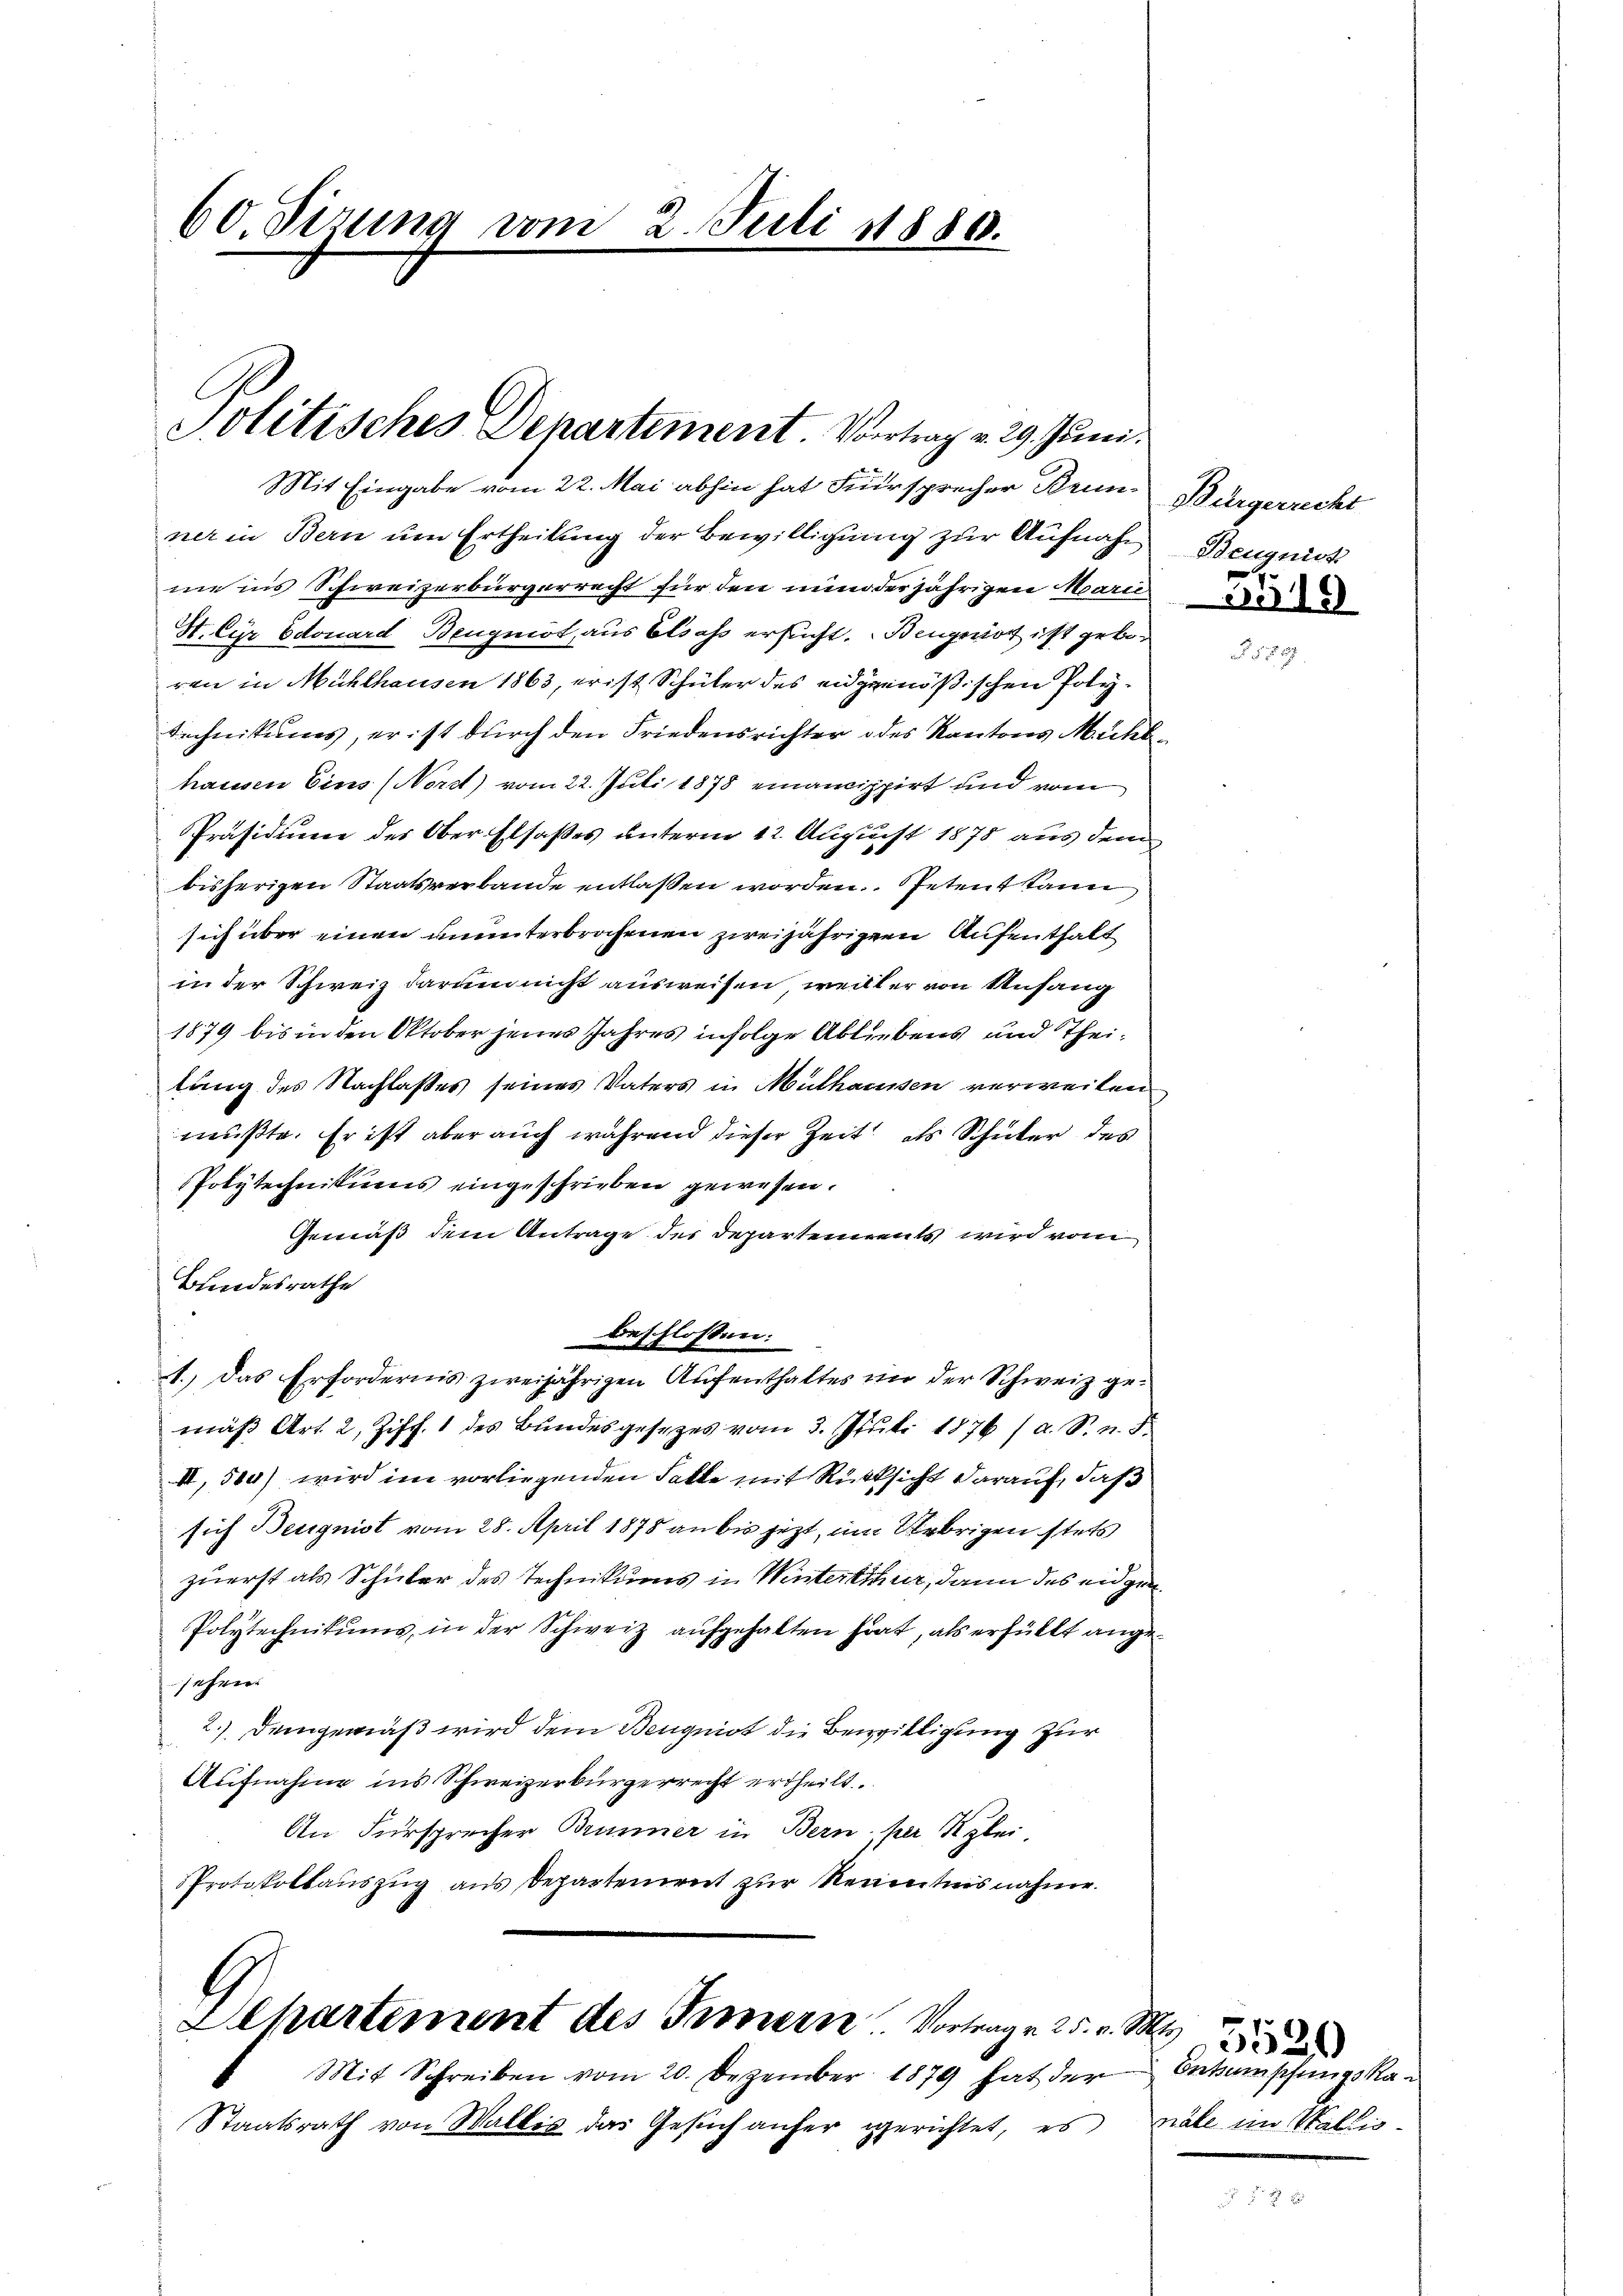
60 Sizung vom 2. Juli 18880.

Politisches Departement. Vortrag v. 29. Juni.

Mit Eingabe vom 22. Mai abhin hat Fürsprecher Brunner in Bern um Ertheilung der Bewilligung zur Aufnahme ins Schweizerbürgerrecht für den nun derjährigen Marie
H. Cur Edouard Beugniot, aus Elsass ersucht. Bengenot ist geboren in Mühlhausen 1863, er ist Schüler des eidgenößischen Poly¬
Technikums, er ist durch den Friedensrichter des Kantons Mühlhausen Eins (Nord) vom 22. Juli 1878 einancippirt und vom
Präsidium des Ober-Elsaßes unterm 12. August 1878 aus dem
bisherigen Staatsverbande entlaßen worden. Petent kann
sich über einen ununterbrachenen zweijährigen Aufenthalt
in der Schweiz darum nicht ausweisen weiller von Anfang
1879 bis in den Oktober jenes Jahres infolge Abliebens und Theilung des Nachlasses seines Vaters in Mülhausen verweiten
mußte. Er ist aber auch während dieser Zeit als Schüler des
Polytechnikums eingeschrieben gewesen.
Gemäß dem Antrage des Departennents wird vom
Bundesrathe
beschlossen:
1.) Das Erfordernis zweijährigen Aufenthaltes in der Schweiz gemäβ Art. 2, Ziff. 1 des Bundesgesetzes vom 3. Juli 1876 (a. S. n. F.
II, 500) wird im vorliegenden Falle mit Rücksicht darauf, daß
sich Beugnist vom 28. April 1878 an bis jetzt, um Uebrigen stets
zuerst als Schuber des Technikums in Winterthur, dann des eidgen
Polytechnikums, in der Schweiz aufgehalten hat, als erfüllt angesehen.
2.) Demgemäß wird dem Benquiot die Bewilligung zur
Aufnahme ins Schweizerbürgerrecht ertheilt.
An Fürsprecher Brunner in Bern her Klei¬
Protokollauszug aus Departement zur Kenntnisnahme.

l
Llhartement des Innern Vortrag 25. v.

Mit Schreiben vom 20. Dezember 1879 hat der
Staatsrath von Wallis das Gesuch anfer gerichtet, es viele im Wallis¬

Bürgerrecht
Beugniss

5519

S.5520
Entmuschungska¬